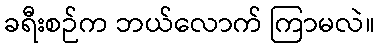
ခရီးစဉ်က ဘယ်လောက် ကြာမလဲ။